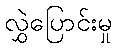
လွှဲပြောင်းမှု